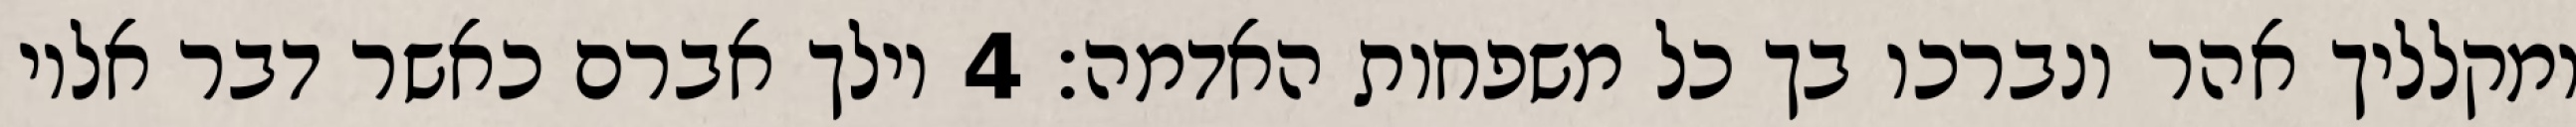
ומקלליך אהר ונברכו בך כל משפחות האדמה׃ ‎4‏ וילך אברם כאשר דבר אליו